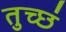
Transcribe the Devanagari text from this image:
तुच्छं